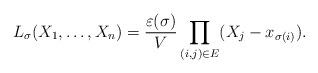
LaTeX: \begin{align*}L_\sigma(X_1,\dots,X_n)=\frac{\varepsilon(\sigma)}{V}\prod_{(i,j)\in E} (X_j-x_{\sigma(i)}).\end{align*}